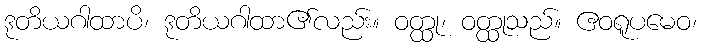
ဒုတိယဂါထာပိ၊ ဒုတိယဂါထာ၏လည်း။ ဝတ္ထု၊ ဝတ္ထုသည်။ ဧဝရူပမေဝ၊